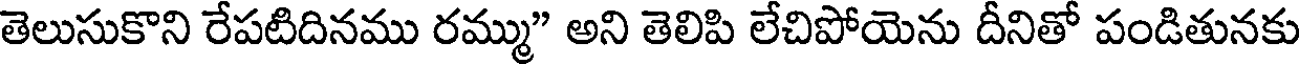
తెలుసుకొని రేపటిదినము రమ్ము" అని తెలిపి లేచిపోయెను దీనితో పండితునకు